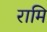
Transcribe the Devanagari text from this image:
रामि